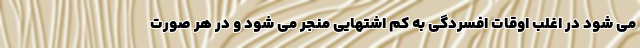
می شود در اغلب اوقات افسردگی به کم اشتهایی منجر می شود و در هر صورت